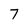
Character: 7